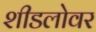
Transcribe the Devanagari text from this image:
शीडलोवर